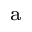
^ { \mathrm { ~ a ~ } }